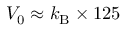
V _ { 0 } \approx k _ { \mathrm { B } } \times 1 2 5